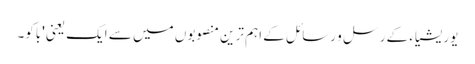
یوریشیاء کے رسل و رسائل کے اہم ترین منصوبوں میں سے ایک یعنی 'باکو۔